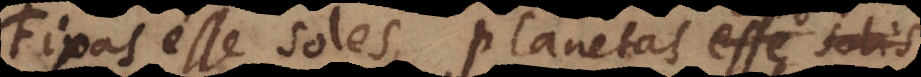
Fixas esse soles, planetas esse solis